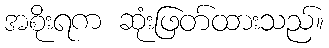
အစိုးရက ဆုံးဖြတ်ထားသည်။